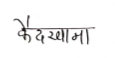
मजकूर: कैदखाना